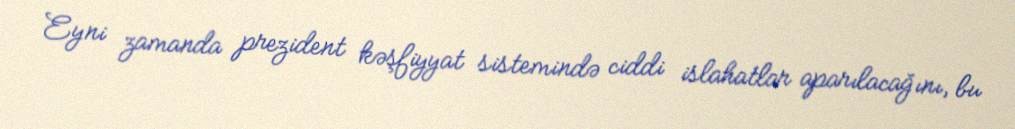
Eyni zamanda prezident kəşfiyyat sistemində ciddi islahatlar aparılacağını, bu